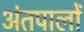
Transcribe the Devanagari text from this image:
अंतपालों